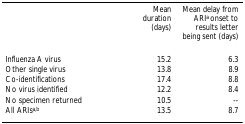
<table><thead><tr><td></td><td><b>Mean duration (days)</b></td><td><b>Mean delay from ARI<sup>a </sup>onset to results letter being sent (days)</b></td></tr></thead><tbody><tr><td>Influenza A virus</td><td>15.2</td><td>6.3</td></tr><tr><td>Other single virus</td><td>13.8</td><td>8.9</td></tr><tr><td>Co-identifications</td><td>17.4</td><td>8.8</td></tr><tr><td>No virus identified</td><td>12.2</td><td>8.4</td></tr><tr><td>No specimen returned</td><td>10.5</td><td>--</td></tr><tr><td>All ARIs<sup>a,b</sup></td><td>13.5</td><td>8.7</td></tr></tbody></table>